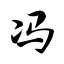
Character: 冯